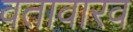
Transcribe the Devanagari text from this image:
वतावारव